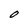
Character: O